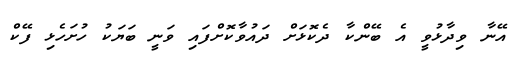
އޭނާ ވިދާޅުވީ އެ ބޭންކާ ދެކޮޅަށް ދައުވާކޮށްފައި ވަނީ ބަޔަކު ހުށަހެޅި ފޭކް